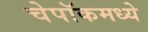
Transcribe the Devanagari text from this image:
चेपॉकमध्ये